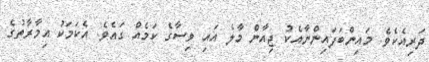
ދަރިއެކެވެ. މައިންބަފައިންނާއެކު ޖިއާން މާލެ އައި ވިސާގެ ކަމެއް ގައެވެ. އެކަމަކު އިމާރާތުގެ